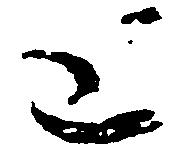
と